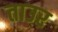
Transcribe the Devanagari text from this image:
ताउर